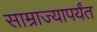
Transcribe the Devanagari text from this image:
साम्राज्यापर्यंत